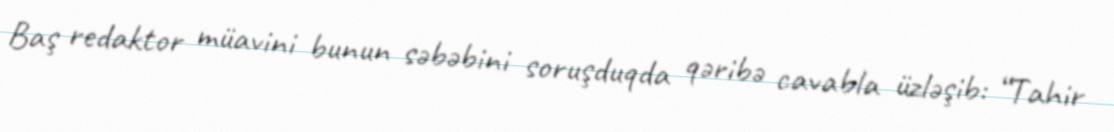
Baş redaktor müavini bunun səbəbini soruşduqda qəribə cavabla üzləşib: “Tahir